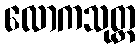
လောကသုတ္တ